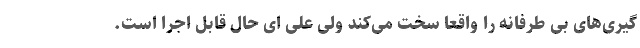
گیری‌های بی طرفانه را واقعا سخت می‌کند ولی علی ای حال قابل اجرا است.